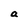
Character: a